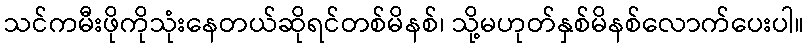
သင်ကမီးဖိုကိုသုံးနေတယ်ဆိုရင်တစ်မိနစ်၊ သို့မဟုတ်နှစ်မိနစ်လောက်ပေးပါ။